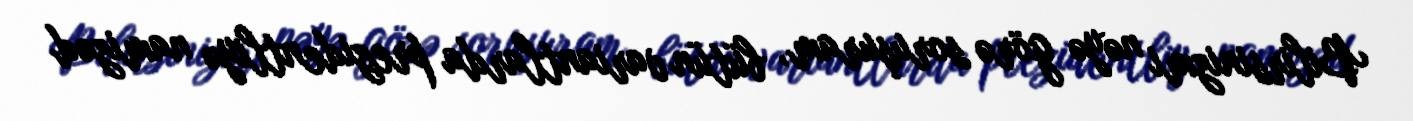
Bilirsinizmi nəyə görə soruşuram, bütün variantlarda prezidentliyə namizəd